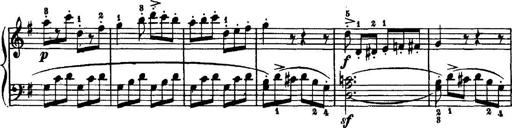
Title: 7 Sonatinas
Composer: Anton Diabelli